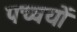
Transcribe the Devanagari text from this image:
पच्चयों